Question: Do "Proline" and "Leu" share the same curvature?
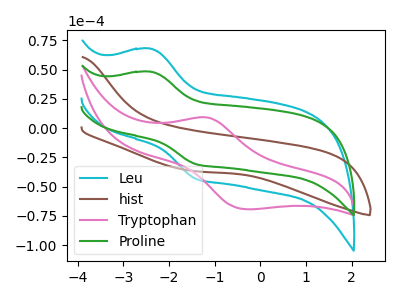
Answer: <think>The cyan curve "Leu" has an anodic peak at (-2.40V, 67.90uA) and a cathodic peak at (-1.40V, -43.40uA). The brown curve "hist" has no peaks. The pink curve "Tryptophan" has an anodic peak at (-1.20V, 9.20uA) and a cathodic peak at (-0.30V, -69.30uA). The green curve "Proline" has an anodic peak at (-2.40V, 48.20uA) and a cathodic peak at (-1.40V, -30.80uA).
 All the peaks in "Proline" have a peak in "Leu" at the same potential. Every peak in "Proline" is lower than every peak in "Leu".</think>
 <answer>"Proline" and "Leu" are similar in shape.</answer>
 <eval>same_shape</eval>